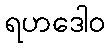
ရဟဒေါဝ